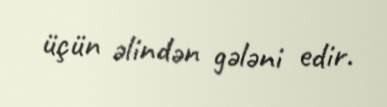
üçün əlindən gələni edir.